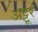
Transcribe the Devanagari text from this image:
अट्टूर